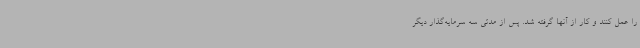
را عمل کنند و کار از آنها گرفته شد. پس از مدتی سه سرمایه‌گذار دیگر